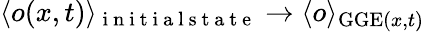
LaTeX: \langle o(x,t)\rangle_{\mathrm{~i~n~i~t~i~a~l~s~t~a~t~e~}}\to\langle o\rangle_{\mathrm{GGE}(x,t)}